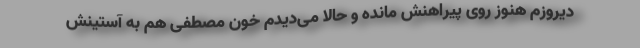
دیروزم هنوز روی پیراهنش مانده و حالا می‌دیدم خون مصطفی هم به آستینش